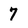
Character: 7